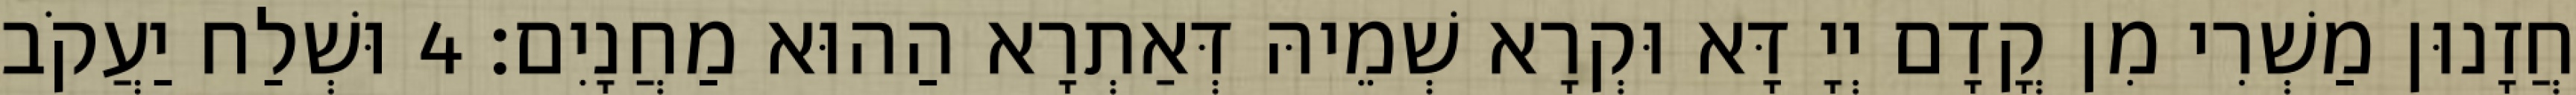
חֲזָנוּן מַשְׁרִי מִן קֳדָם יְיָ דָּא וּקְרָא שְׁמֵיהּ דְּאַתְרָא הַהוּא מַחֲנָיִם׃ 4 וּשְׁלַח יַעֲקֹב